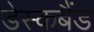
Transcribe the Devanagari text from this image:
डेस्कबैंड